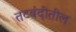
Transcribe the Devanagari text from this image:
तटबंदीतील